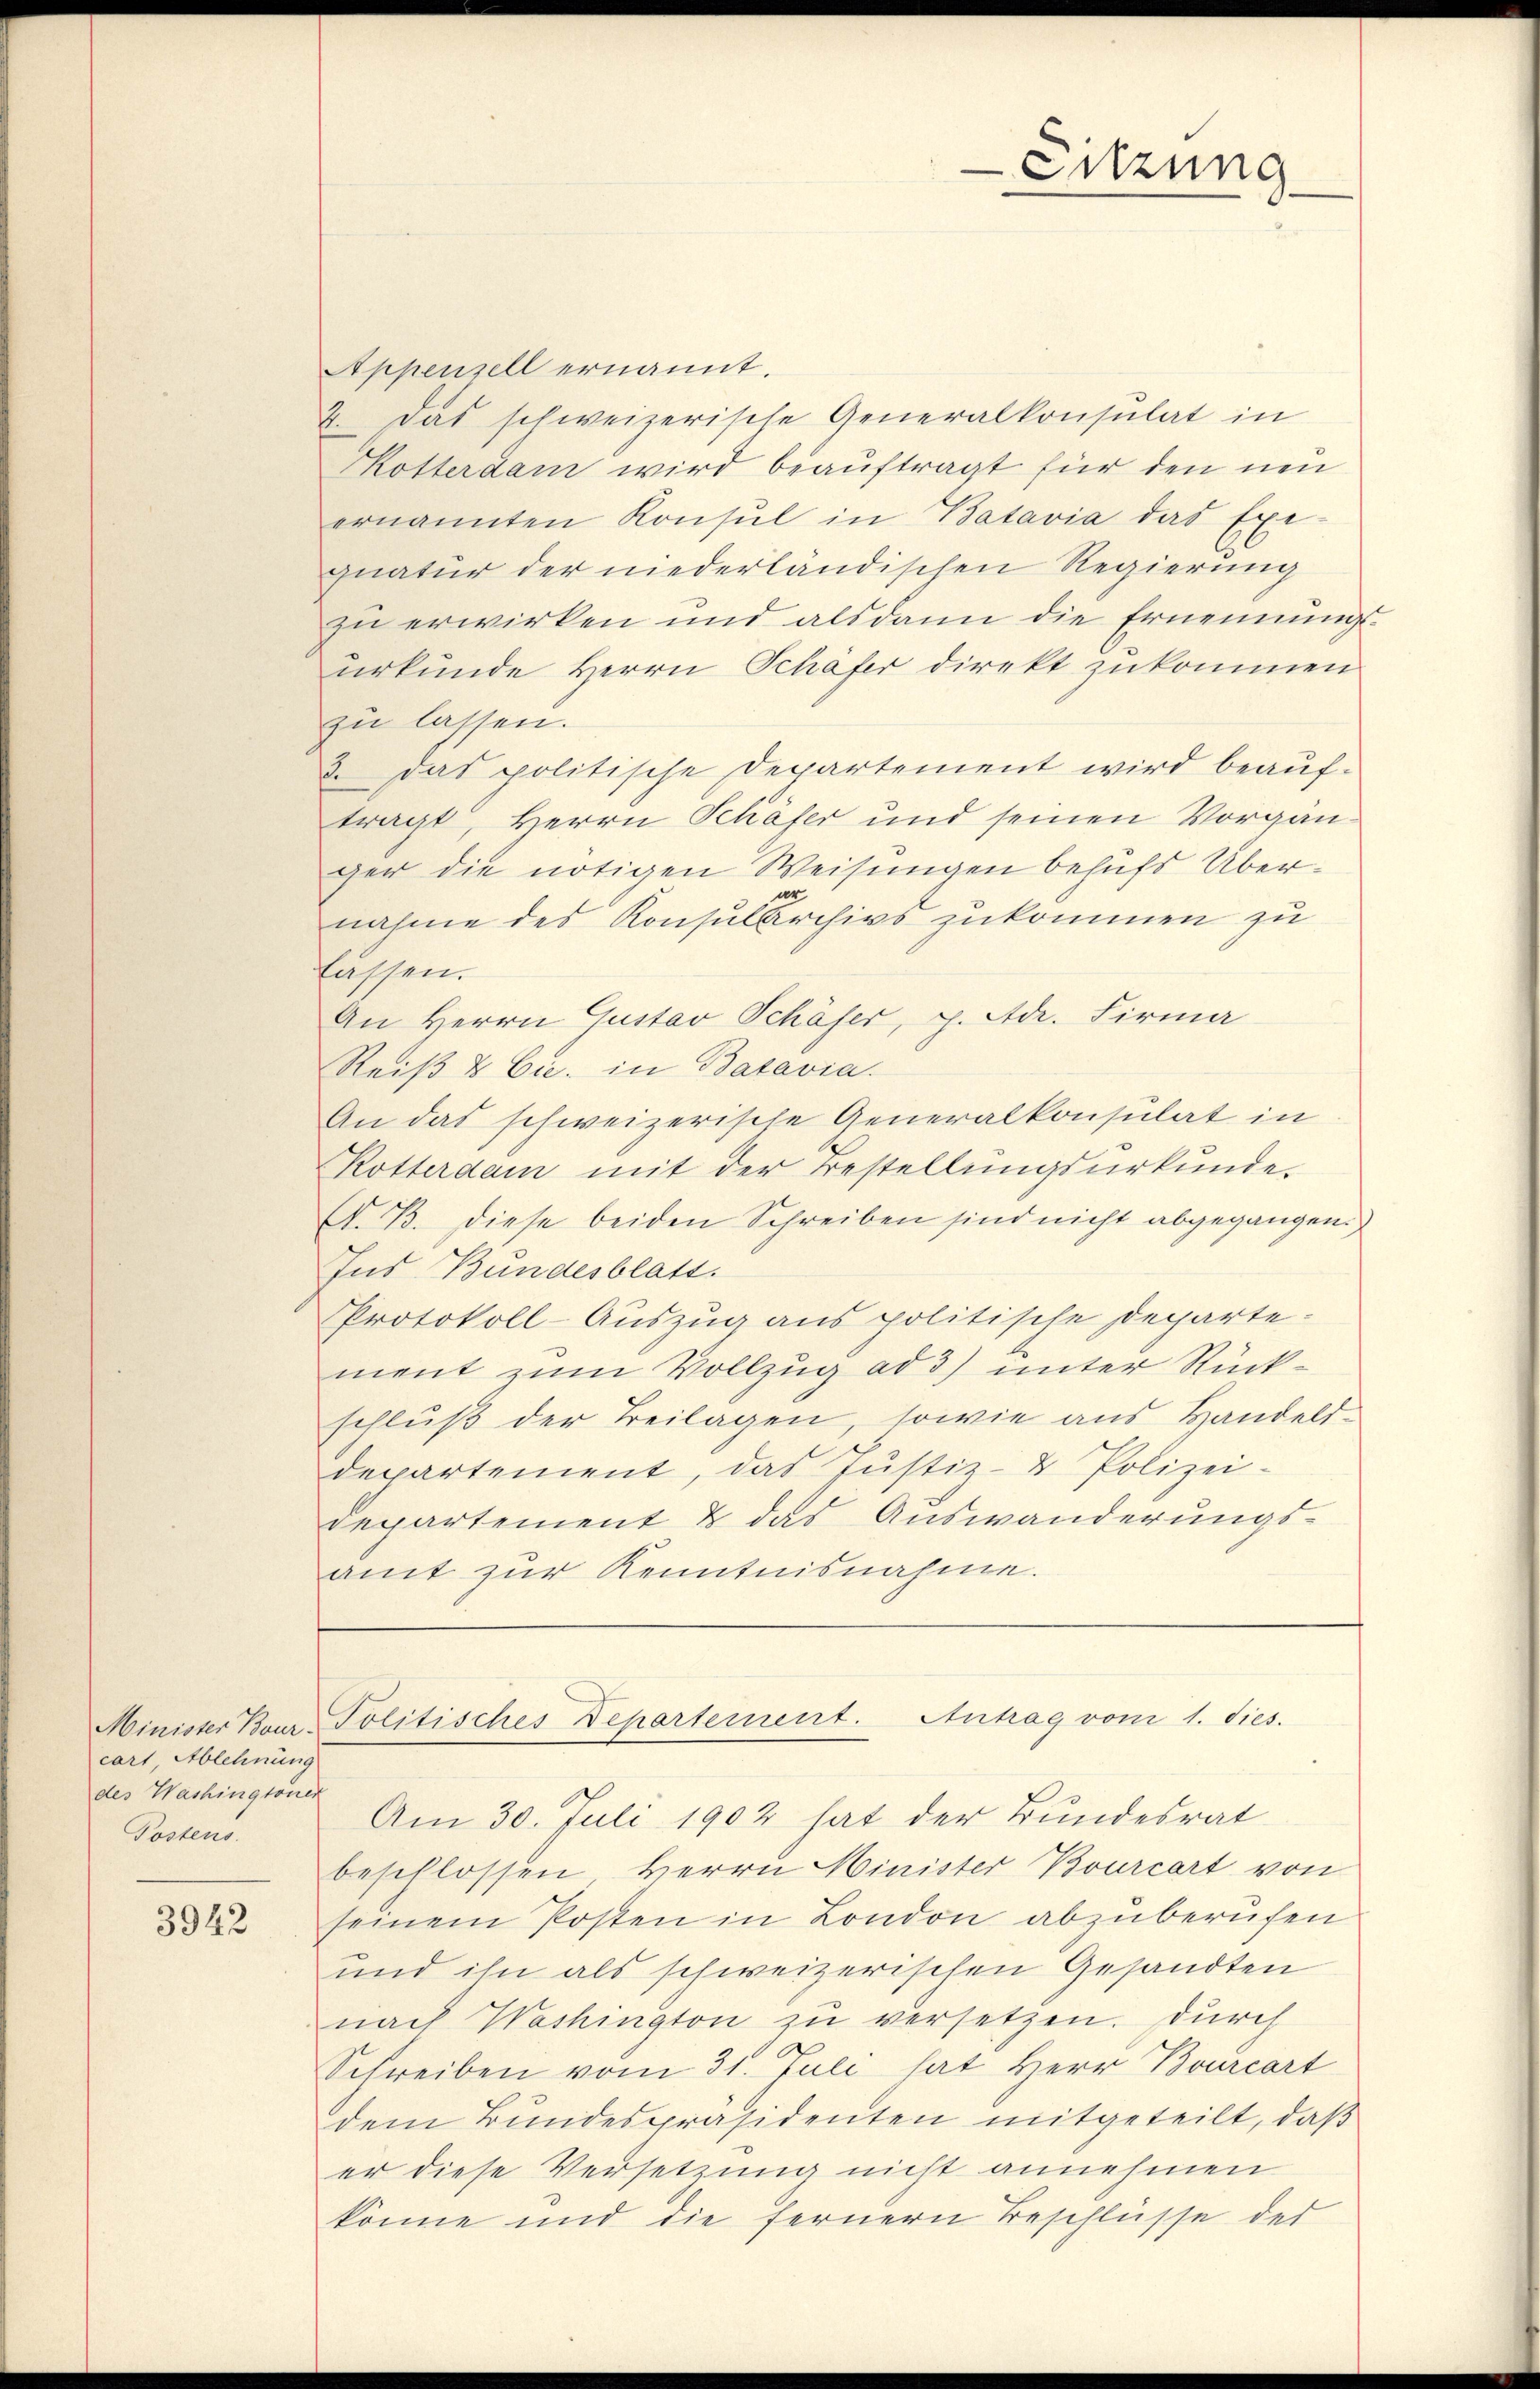
cart, Ablehnung
des Washingtoner
Postens.

3942

Appenzell ernannt.
2. Das schweizerische Generalkonsulat in
Kotterdam wird beauftragt für den neu
ernannten Konsul in Batavia das Exe-
quatur der niederländischen Regierung
zu erwirken und alsdann die Ernennung
urkunde Herrn Schäfer direkt zukommen
zu lassen.
3. das politische Departement wird beauftragt, Herrn Schäser und seinen Vorgän-
ger die nötigen Weisungen behufs Übernahme des Konsularchivs zukommen zu
lassen.
An Herrn Gustav Schäser, J. Ad. Firma
Reiß & Cie. in Batavia.
An das schweizerische Generalkonsulat in
Rotterdam mit der Bestellŭngsŭrkŭnde.
A. B. diese beiden Schreiben sind nicht abgegangen.
Ins Bundesblatt.
Protokoll-Auszug aus politische Departement zum Vollzug ad 3) unter Rückschluß der Beilagen, sowie aus Handelsdepartement, das Justiz- & Polizei-
Departement & das Auswanderungsamt zur Kenntnisnahme.
Minister Bour- Politisches Departement. Antrag vom 1. Sies.
Am 30. Juli 1902 hat der Bundesrat
beschlossen Herrn Minister Bourcart von
seinem Posten in London abzuberufen
und ihn als schweizerischen Gesandten
nach Washington zu versetzen. Durch
Schreiben vom 31. Juli hat Herr Bourcart
dem Bundespräsidenten mitgeteilt, daß
er diese Versetzung nicht annehmen
könne und die fernern Beschlüsse der

Sitzung